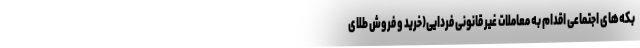
بکه‌های اجتماعی اقدام به معاملات غیر قانونی فردایی(خرید و فروش طلای